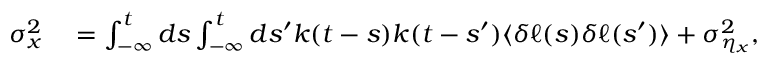
\begin{array} { r l } { \sigma _ { x } ^ { 2 } } & { { } = \int _ { - \infty } ^ { t } d s \int _ { - \infty } ^ { t } d s ^ { \prime } k ( t - s ) k ( t - s ^ { \prime } ) \langle \delta \ell ( s ) \delta \ell ( s ^ { \prime } ) \rangle + \sigma _ { \eta _ { x } } ^ { 2 } , } \end{array}